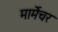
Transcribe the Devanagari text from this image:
मार्मेचर